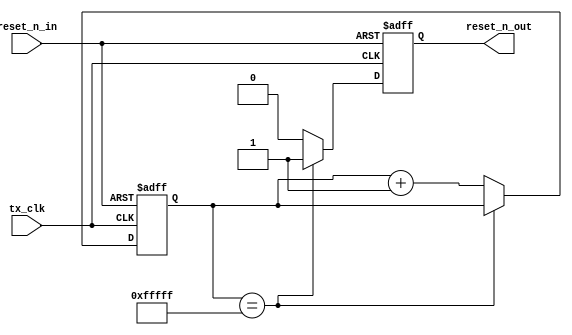
module gen_reset_n(
		tx_clk,
		reset_n_in,
		reset_n_out
	);
parameter					ctr_width			=	20; 
input 						tx_clk;	
input						reset_n_in;
output						reset_n_out;
reg							reset_n_out;
reg		[ctr_width-1:0]		ctr;	
always	@(posedge tx_clk or negedge reset_n_in)
begin
	if	(!reset_n_in)
	begin
		reset_n_out	<=	0;
		ctr			<=	0;
	end else begin
		if	(ctr == {ctr_width{1'b1}})
		begin
			reset_n_out	<=	1'b1; 
		end else begin
			ctr	<=	ctr + 1;
			reset_n_out	<=	0;
		end
	end
end
endmodule